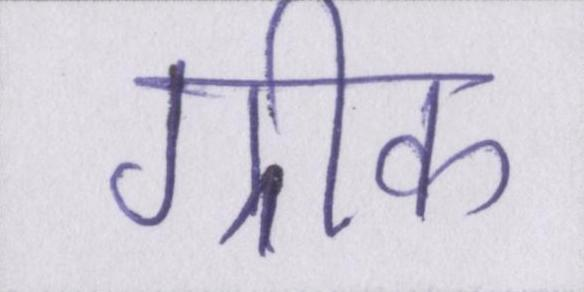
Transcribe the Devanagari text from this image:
ग्रीक